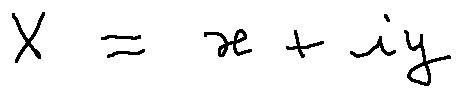
X = x + i y